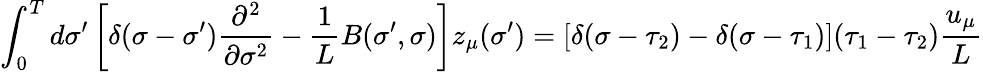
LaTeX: \int_{0}^{T}d\sigma^{\prime}\left[\delta(\sigma-\sigma^{\prime})\frac{\partial^{2}}{\partial\sigma^{2}}-{\frac{1}{L}}B(\sigma^{\prime},\sigma)\right]z_{\mu}(\sigma^{\prime})=[\delta(\sigma-\tau_{2})-\delta(\sigma-\tau_{1})](\tau_{1}-\tau_{2})\frac{u_{\mu}}{L}